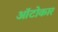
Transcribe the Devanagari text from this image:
ऑटोकार